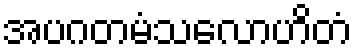
အပဂတမံသလောဟိတံ